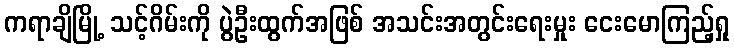
ကရာချိမြို့ သင့်ဂိမ်းကို ပွဲဦးထွက်အဖြစ် အသင်းအတွင်းရေးမှုး ငေးမောကြည့်ရှု